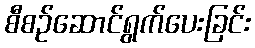
စီစဉ်ဆောင်ရွက်ပေးခြင်း